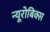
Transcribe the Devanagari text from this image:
न्यूरोबिक्स